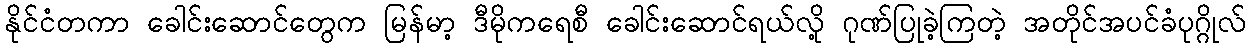
နိုင်ငံတကာ ခေါင်းဆောင်တွေက မြန်မာ့ ဒီမိုကရေစီ ခေါင်းဆောင်ရယ်လို့ ဂုဏ်ပြုခဲ့ကြတဲ့ အတိုင်အပင်ခံပုဂ္ဂိုလ်